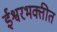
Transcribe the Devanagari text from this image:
ईश्वरभक्तीत